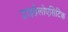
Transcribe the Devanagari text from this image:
ट्राइहैलोएसिटिक